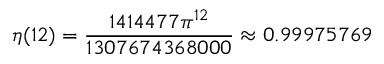
\eta ( 1 2 ) = { \frac { 1 4 1 4 4 7 7 \pi ^ { 1 2 } } { 1 3 0 7 6 7 4 3 6 8 0 0 0 } } \approx 0 . 9 9 9 7 5 7 6 9